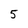
Character: 5